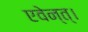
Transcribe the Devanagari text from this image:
एवेन्त्।